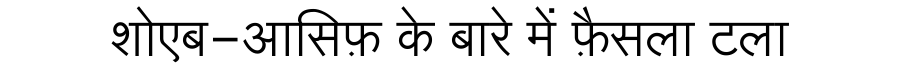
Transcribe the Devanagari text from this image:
शोएब-आसिफ़ के बारे में फ़ैसला टला